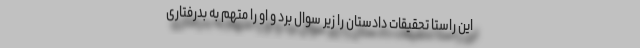
این راستا تحقیقات دادستان را زیر سوال برد و او را متهم به بدرفتاری